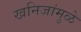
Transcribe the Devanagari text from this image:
खनिजांमुळे